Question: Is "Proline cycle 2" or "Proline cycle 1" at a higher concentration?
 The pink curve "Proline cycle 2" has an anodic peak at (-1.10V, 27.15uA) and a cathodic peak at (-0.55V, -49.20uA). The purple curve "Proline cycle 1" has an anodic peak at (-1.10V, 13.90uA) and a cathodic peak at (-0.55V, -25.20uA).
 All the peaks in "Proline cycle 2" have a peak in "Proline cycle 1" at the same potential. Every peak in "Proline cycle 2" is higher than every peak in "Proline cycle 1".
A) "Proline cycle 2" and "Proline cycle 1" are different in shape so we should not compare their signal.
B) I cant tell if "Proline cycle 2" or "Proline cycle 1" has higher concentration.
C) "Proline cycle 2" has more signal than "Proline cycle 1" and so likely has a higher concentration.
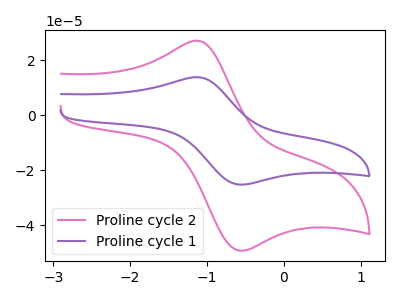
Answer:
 <answer>C) "Proline cycle 2" has more signal than "Proline cycle 1" and so likely has a higher concentration.</answer>
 <eval>C</eval>